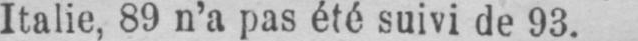
Italie, 89 n’a pas été suivi de 93.